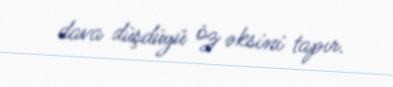
dava düşdüyü öz əksini tapır.